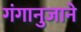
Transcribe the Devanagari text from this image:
गंगानुजाने